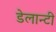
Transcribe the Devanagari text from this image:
डेलान्टी